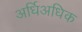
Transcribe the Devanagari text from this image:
अर्धिअधिक